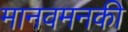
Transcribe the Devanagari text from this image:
मानवमनकी